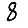
Digit: 8